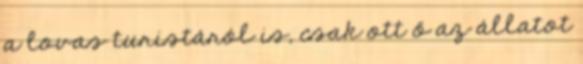
a lovas turistáról is, csak ott ő az állatot